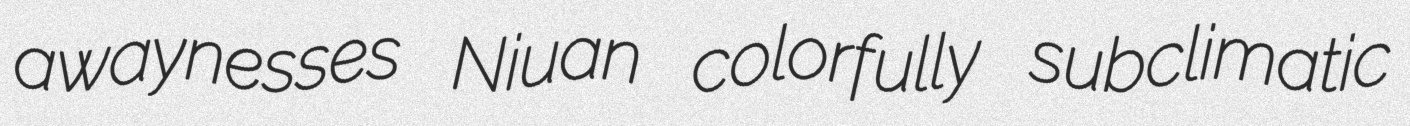
awaynesses Niuan colorfully subclimatic